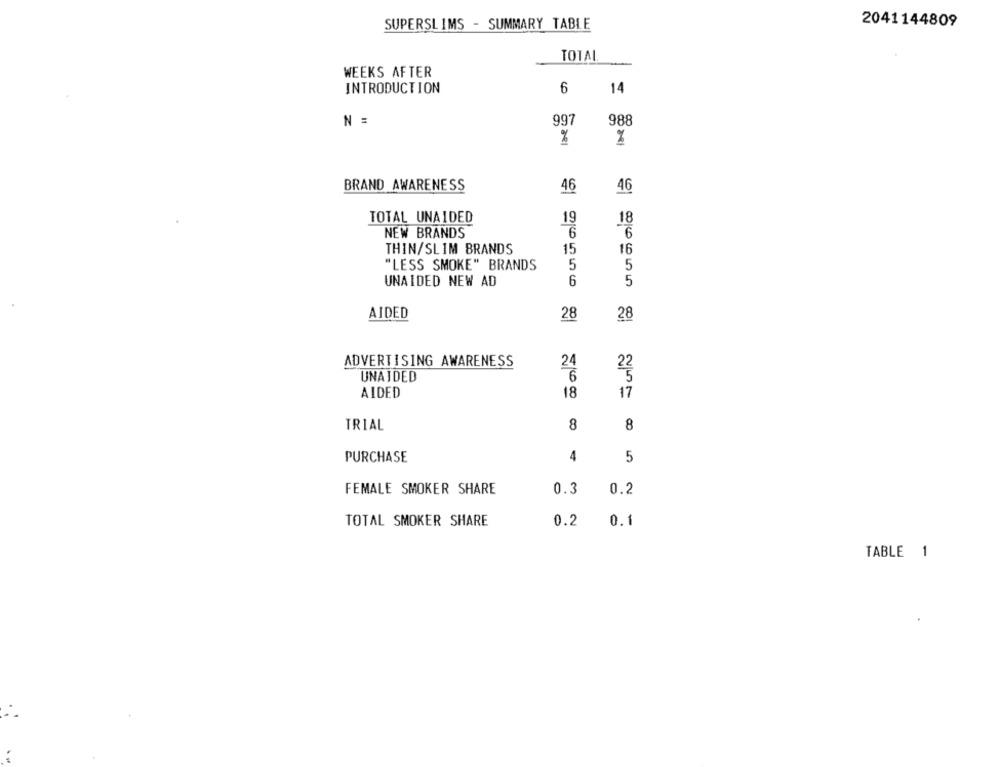
2041144809
SUPERSLIMS - SUMMARY TABLE
TOTAL
WEEKS AFTER
INTRODUCTION
6
14
N =
997
988
%
BRAND AWARENESS
46
46
TOTAL UNAIDED
19
18
NEW BRANDS
6
6
THIN/SLIM BRANDS
15
16
"LESS SMOKE" BRANDS
5
5
UNAIDED NEW AD
6
5
AIDED
28
28
ADVERTISING AWARENESS
24
UNAIDED
6
AIDED
18
17
TRIAL
8
8
PURCHASE
4
5
FEMALE SMOKER SHARE
0.3
0.2
TOTAL SMOKER SHARE
0.2
0.1
TABLE 1